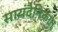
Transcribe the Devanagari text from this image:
सायंदैनिकात